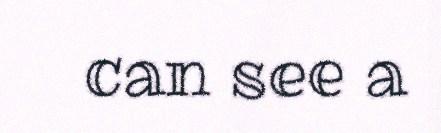
can see a